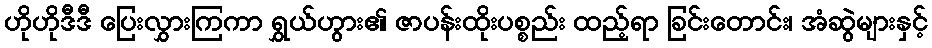
ဟိုဟိုဒီဒီ ပြေးလွှားကြကာ ရွှယ်ဟွား၏ ဇာပန်းထိုးပစ္စည်း ထည့်ရာ ခြင်းတောင်း၊ အံဆွဲများနှင့်